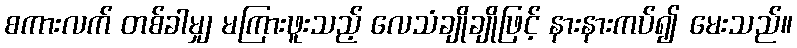
စကားလက် တစ်ခါမျှ မကြားဖူးသည့် လေသံချိုချိုဖြင့် နားနားကပ်၍ မေးသည်။